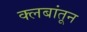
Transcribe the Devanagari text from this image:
क्लबांतून